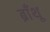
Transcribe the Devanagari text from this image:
ब्राँथू